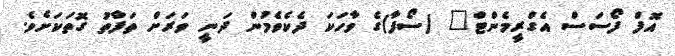
އޮފް ފޯސަސް އެގްރީމެންޓް" (ސޯފާ)ގެ ވާހަކަ ދެކެވެމުން ދަނީ ވަރަށް ތަފާތު ގޮތަކަށެވެ.